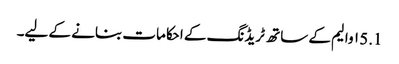
5.1 ۱ والیم کے ساتھ ٹریڈنگ کے احکامات بنانے کے لیے۔